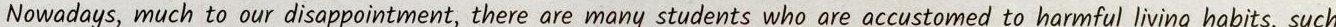
Nowodays, much to our disappointment, there are many students who are accustomed to harmful living habits, such